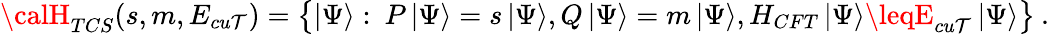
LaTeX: {\calH}_{TCS}(s,m,E_{cu\mathcal{T}})=\left\{ \left|\Psi\right\rangle:\: P\left|\Psi\right\rangle=s\left|\Psi\right\rangle,Q\left|\Psi\right\rangle=m\left|\Psi\right\rangle,H_{CFT}\left|\Psi\right\rangle\leqE_{cu\mathcal{T}}\left|\Psi\right\rangle\right\} \: .